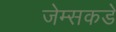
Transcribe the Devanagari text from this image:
जेम्सकडे